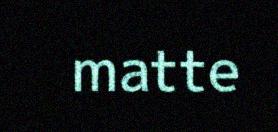
matte